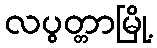
လပွတ္တာမြို့